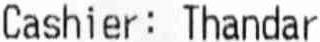
CASHIER: THANDAR